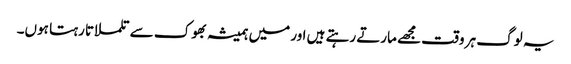
یہ لوگ ہر وقت مجھے مارتے رہتے ہیں اور میں ہمیشہ بھوک سے تلملاتا رہتا ہوں۔